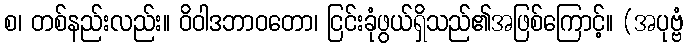
စ၊ တစ်နည်းလည်း။ ဝိဝါဒဘာဝတော၊ ငြင်းခုံဖွယ်ရှိသည်၏အဖြစ်ကြောင့်။ (အပုဗ္ဗံ